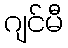
ဂျင်မီ